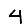
Digit: 4